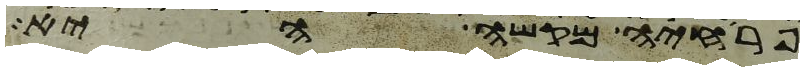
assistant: פרחיה מקשה היא